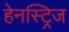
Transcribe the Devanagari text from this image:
हेनस्ट्रिज